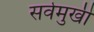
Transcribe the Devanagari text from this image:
सर्वमुखी